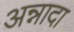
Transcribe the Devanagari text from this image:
अन्नादा